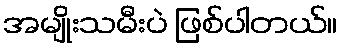
အမျိုးသမီးပဲ ဖြစ်ပါတယ်။